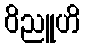
ဝိညူဟိ